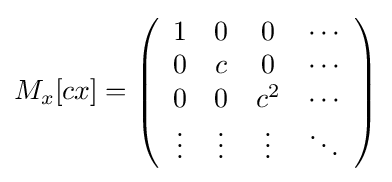
M_{x}[cx]=\left({\begin{array}{cccc}1&0&0&\cdots \\0&c&0&\cdots \\0&0&c^{2}&\cdots \\\vdots &\vdots &\vdots &\ddots \end{array}}\right)